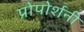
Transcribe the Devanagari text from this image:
प्रोपोर्शनी